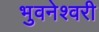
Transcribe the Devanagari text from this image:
भुवनेश्‍वरी